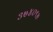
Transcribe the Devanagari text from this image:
३७४०९७